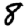
Digit: 8